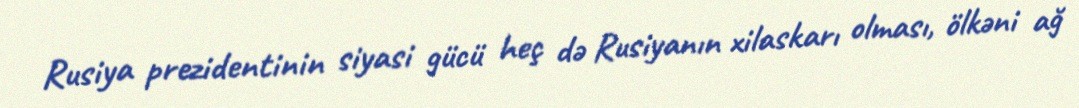
Rusiya prezidentinin siyasi gücü heç də Rusiyanın xilaskarı olması, ölkəni ağ